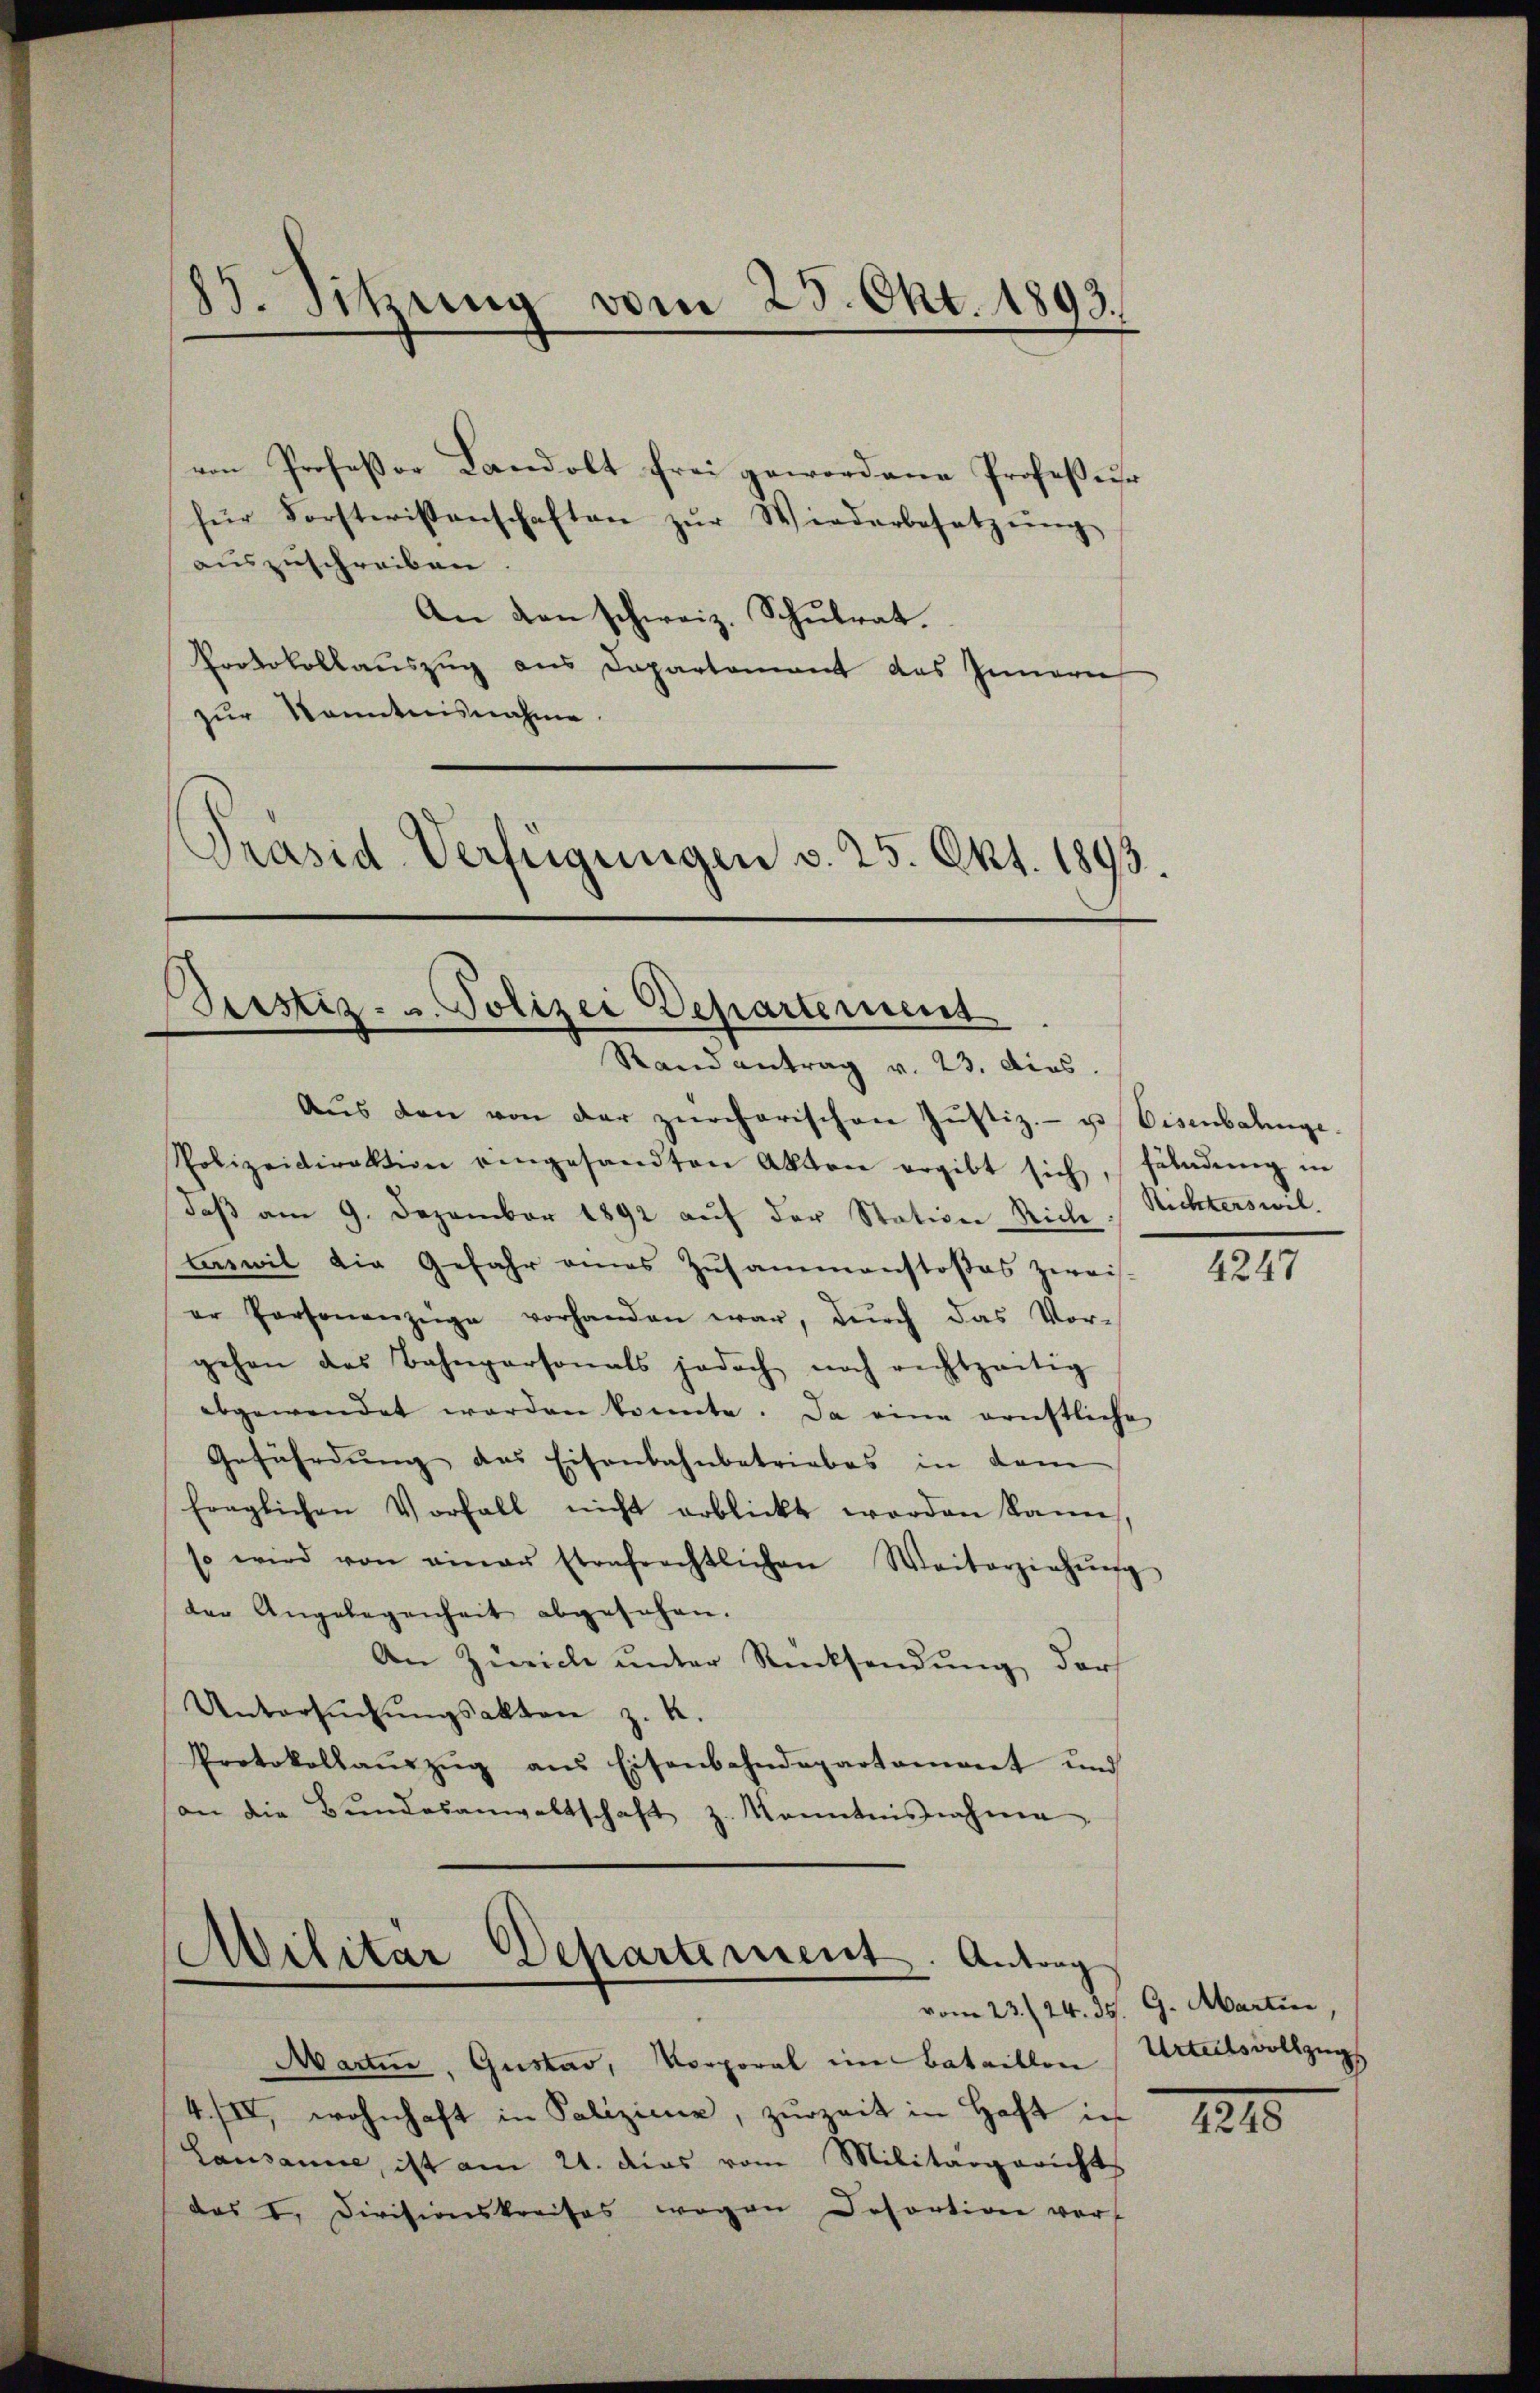
ven Profeßor Landolt frei gewordene Professur
für Forsteristenschaften zŭr Wiederbesetzŭng
auszuschreiben
An den schweiz. Schulrat.
Protokollauszug aus Departement das Innern
zur Kenntnisnahme.
Präsid-Verfügungen v. 25. Okt. 1893.

83. Sitzung vom 23. Okt. 1893.

Aŭs den von der zürcherischen Jŭstiz- u. Eisenbahnge-
Polizeidirektion eingesandten Akten ergibt sich, saladŭng in
daβ am 9. Dezember 1892 aŭf der Station Riche Nichterswil-
Answil die Gefahr eines Zusammenstoßes zwei-
er Personanzüge vorhanden war, dŭrch das Vor-
gehen das Bahnpersonals jedoch noch rechtzeitig
abgewendet werden könnte. Da eine ernstliche
Gefährdŭng des Eisenbahnbetriebes in dem
fraglichen Vorfall nicht erblickt worden kann,
so wird von einer strafrechtlichen Weiterziehŭng
der Angelegenheit abgesehen.
An Zürich unter Rücksendung darf
Untersŭchŭngsakten z. K.
Protokollaŭszŭg ans Eisenbahndepartament und
an die Bŭndesanwaltschaft z. Kenntnisnahme

Pristiz- u. Polizei Departement
Rand antrag v. 23. dies.

Militar Departement. Antrag

Martin, Gustav, Vorporal im Bataillon
4.IV, wohnhaft in Palizienz, zurzeit in Haft in
Lausanne, ist am 21. das vom Militärgericht
das I. Divisionskreises wegen Desortion vor-

4247

vom 23. 24. 35. G. Martin,
Urteilsvollzugs

1218